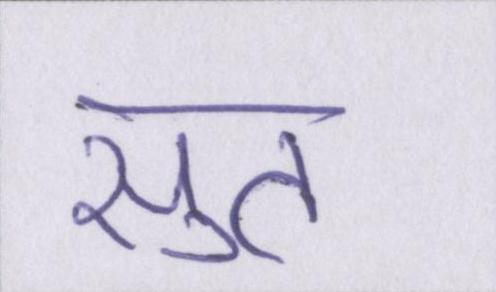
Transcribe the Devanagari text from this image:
सुत